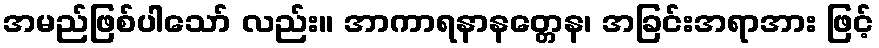
အမည်ဖြစ်ပါသော် လည်း။ အာကာရနာနတ္တေန၊ အခြင်းအရာအား ဖြင့်